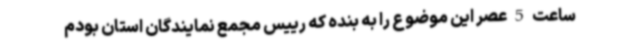
ساعت 5 عصر این موضوع را به بنده که رییس مجمع نمایندگان استان بودم